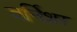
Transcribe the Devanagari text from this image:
वर्निशर